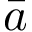
\bar { a }